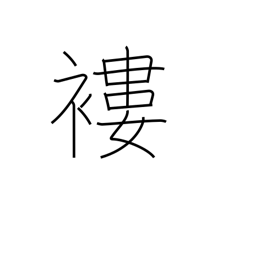
Meaning: rags